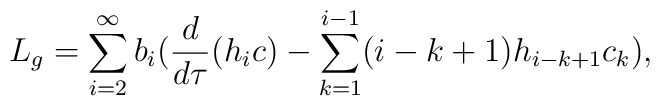
L_{g}=\sum_{i=2}^{\infty} b_{i}(\frac{d}{d \tau}(h_{i}c)-\sum_{k=1}^{i-1}(i-k+1) h_{i-k+1} c_{k}),